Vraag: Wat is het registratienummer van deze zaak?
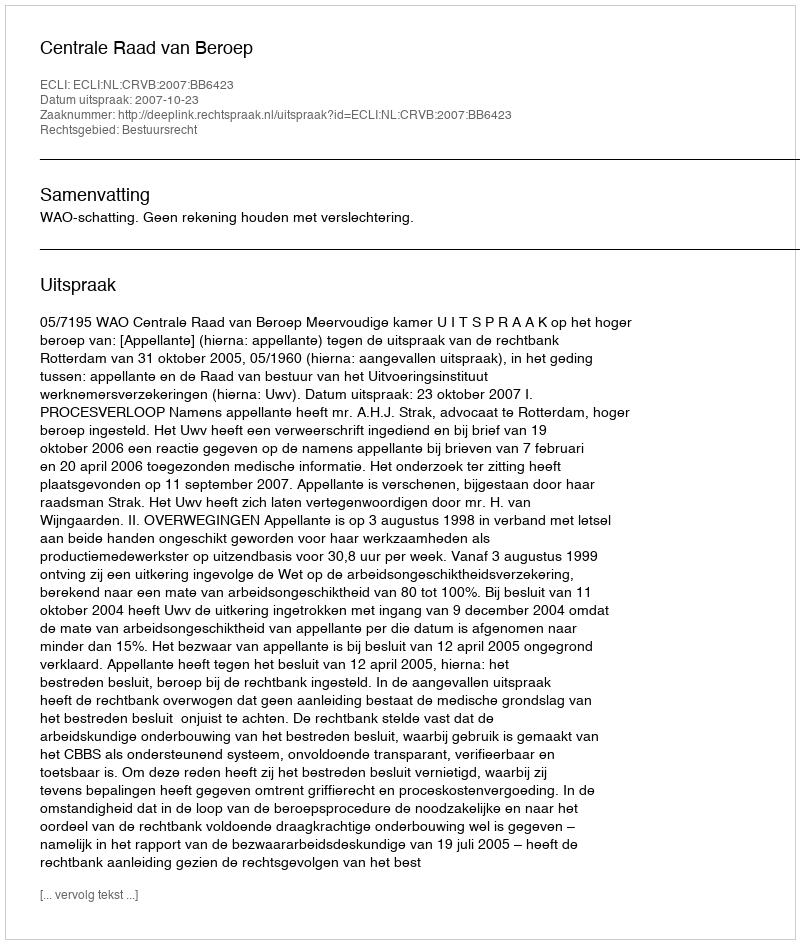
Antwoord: http://deeplink.rechtspraak.nl/uitspraak?id=ECLI:NL:CRVB:2007:BB6423